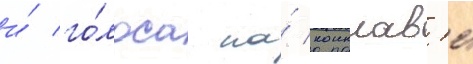
и́ го́лоса на́ конклав'е